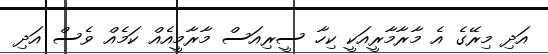
އަދި މިރޭގެ އެ މާރާމާރީއަކީ ކިހާ ސީރިއަސް މާރާމީއެއް ކަމެއް ވެސް އަދި